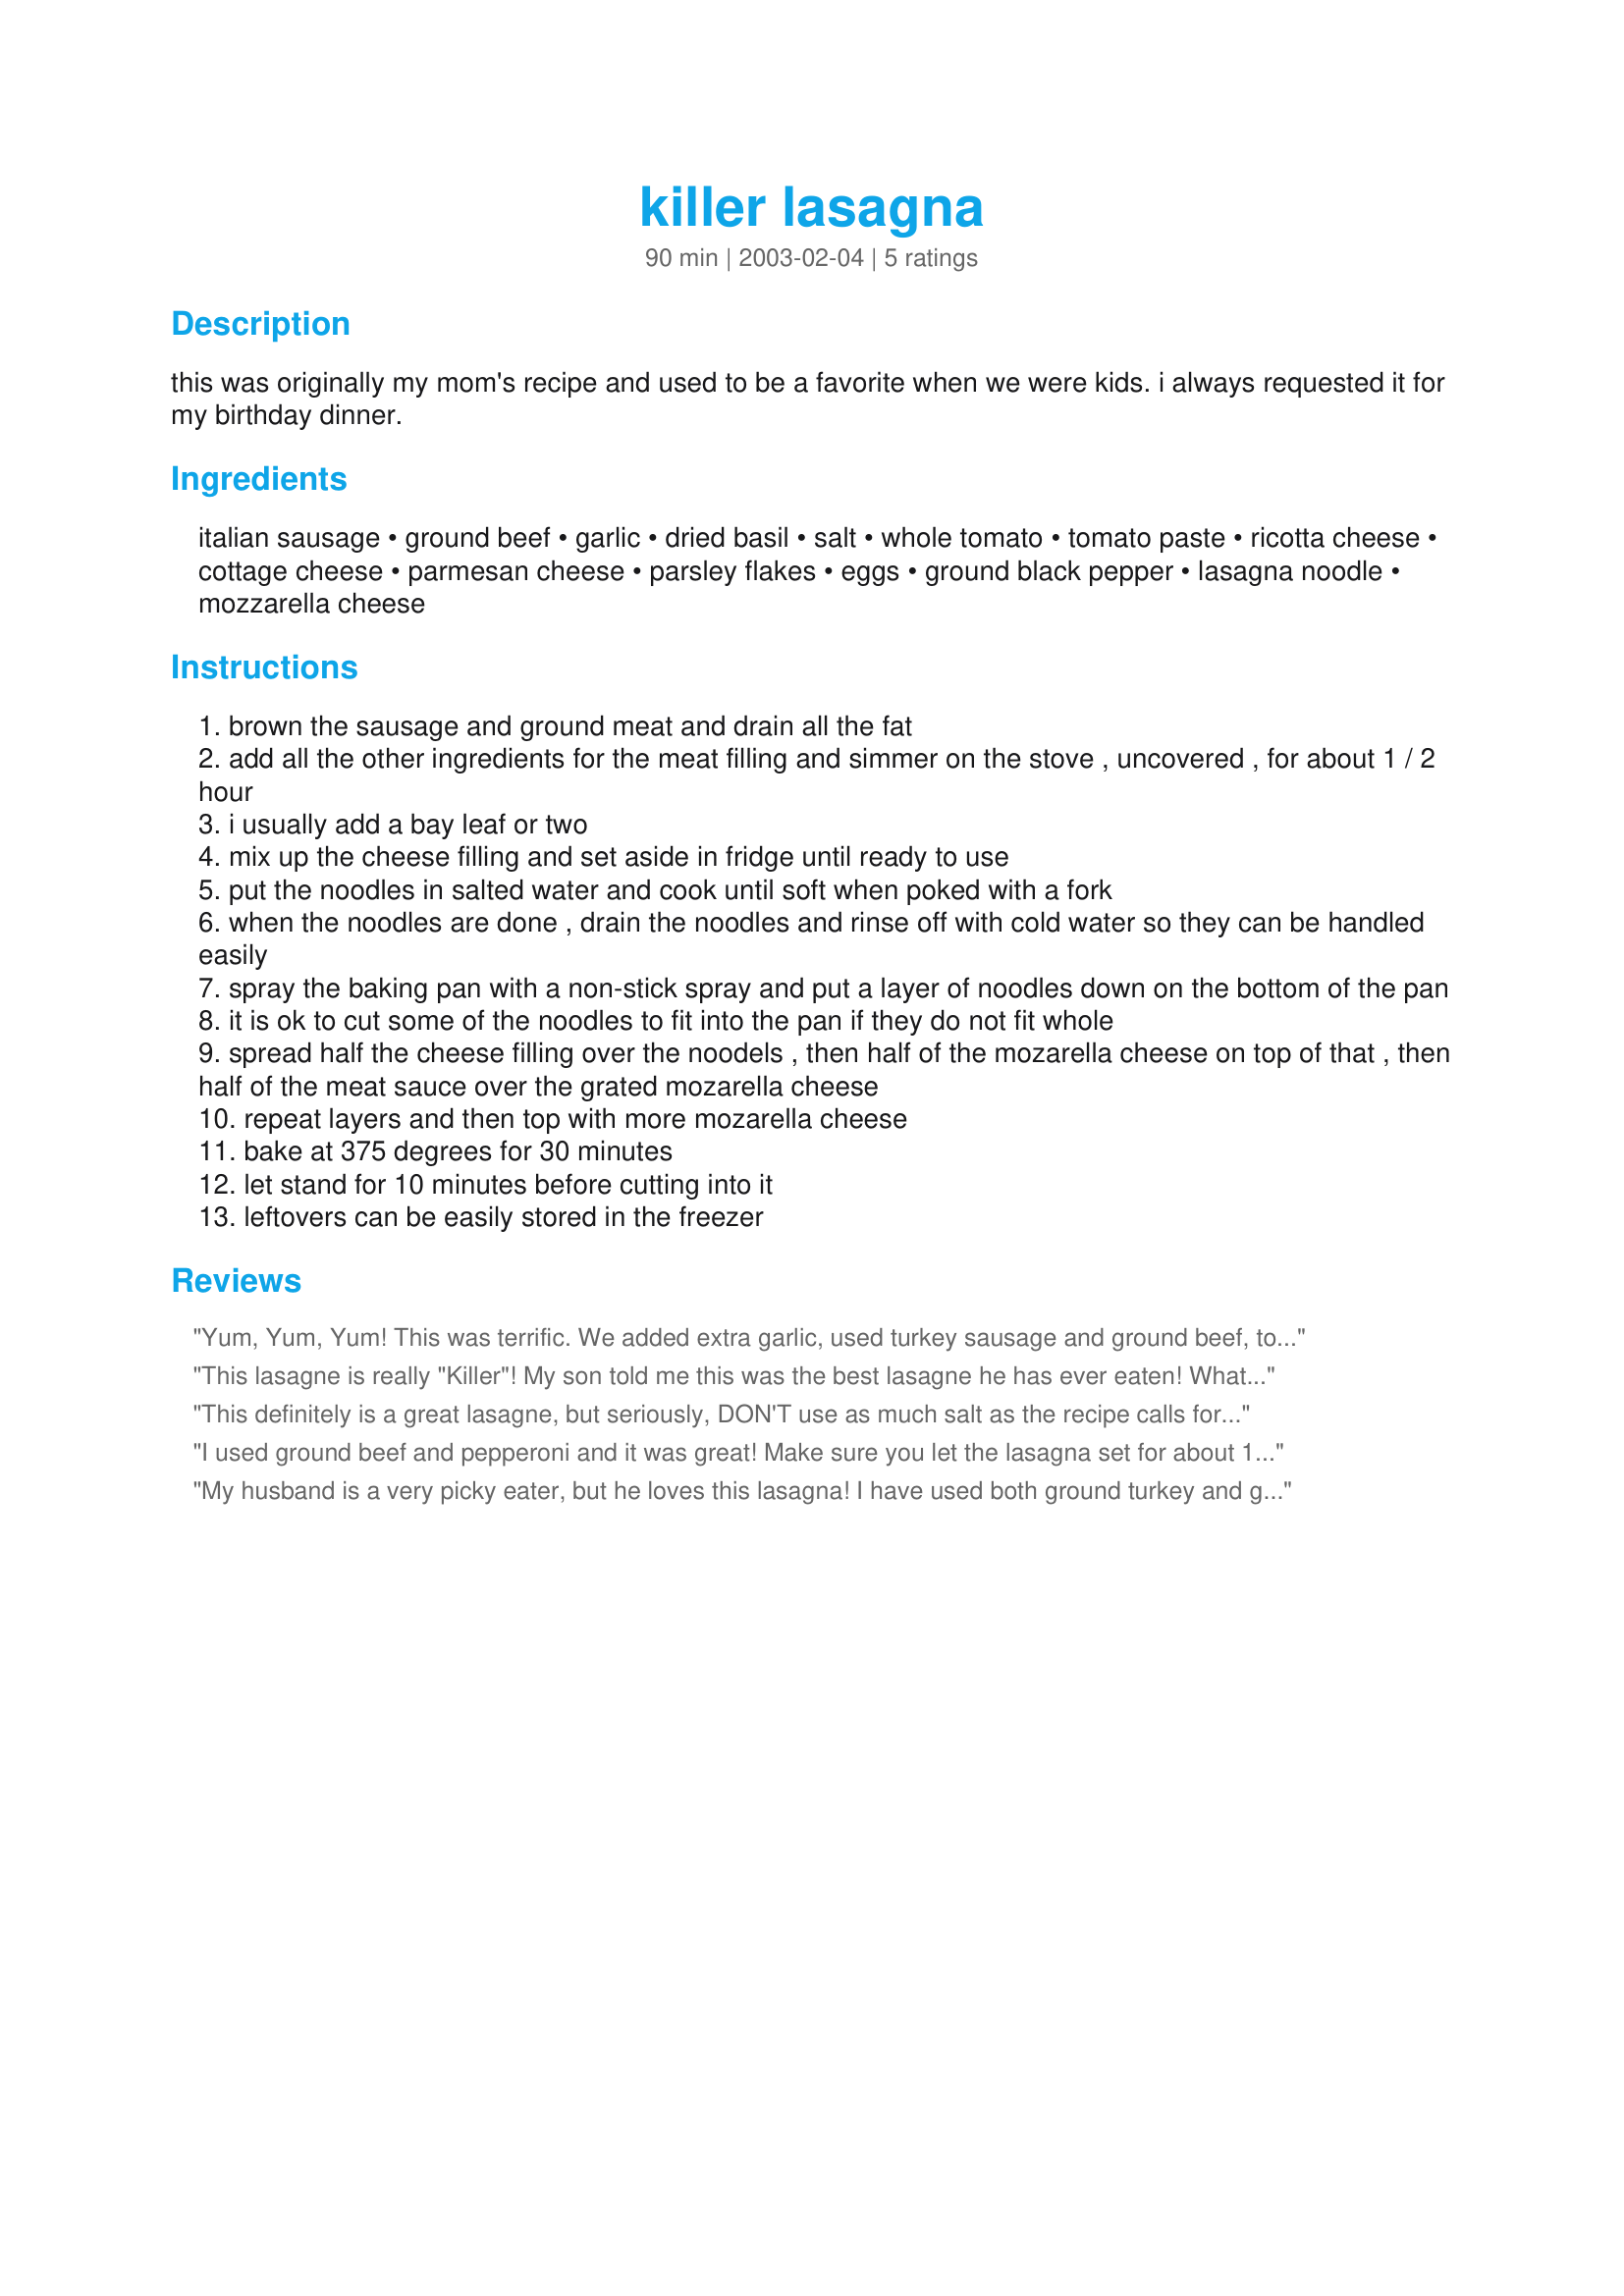
killer lasagna
Preparation time: 90 minutes

this was originally my mom's recipe and used to be a favorite when we were kids. i always requested it for my birthday dinner.

Ingredients:
italian sausage, ground beef, garlic, dried basil, salt, whole tomato, tomato paste, ricotta cheese, cottage cheese, parmesan cheese, parsley flakes, eggs, ground black pepper, lasagna noodle, mozzarella cheese

Steps:
brown the sausage and ground meat and drain all the fat
add all the other ingredients for the meat filling and simmer on the stove , uncovered , for about 1 / 2 hour
i usually add a bay leaf or two
mix up the cheese filling and set aside in fridge until ready to use
put the noodles in salted water and cook until soft when poked with a fork
when the noodles are done , drain the noodles and rinse off with cold water so they can be handled easily
spray the baking pan with a non-stick spray and put a layer of noodles down on the bottom of the pan
it is ok to cut some of the noodles to fit into the pan if they do not fit whole
spread half the cheese filling over the noodels , then half of the mozarella cheese on top of that , then half of the meat sauce over the grated mozarella cheese
repeat layers and then top with more mozarella cheese
bake at 375 degrees for 30 minutes
let stand for 10 minutes before cutting into it
leftovers can be easily stored in the freezer

Reviews:
Yum, Yum, Yum! This was terrific. We added extra garlic, used turkey sausage and ground beef, total of 1 tsp salt, added extra sauce (1 jar of Organic spaghetti sauce) This also freezes well. Great recipe-Thanks

This lasagne is really "Killer"! My son told me this was the best lasagne he has ever eaten! What a compliment... especially from him :-) The only change I made was the addition of pepperoni slices. The dish turned out excellent! It WILL be made again in this household!
This definitely is a great lasagne, but seriously, DON'T use as much salt as the recipe calls for. 1/2 tsp. for the whole batch should be enough.
I used ground beef and pepperoni and it was great! Make sure you let the lasagna set for about 15 minutes after taking out of the oven, so it comes out in pieces rather than sliding out onto your plate in a glob!
My husband is a very picky eater, but he loves this lasagna! I have used both ground turkey and ground beef and it's great either way. It's fairly simple to make and chances are, you won't have to worry about finding a place for leftovers. It definitely is "killer."
